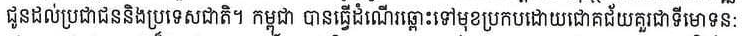
ជូនដល់ប្រជាជននិងប្រទេសជាតិ។ កម្ពុជា បានធ្វើដំណើរឆ្ពោះទៅមុខប្រកបដោយជោគជ័យគួរជាទីមោទន